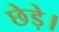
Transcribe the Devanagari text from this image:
छेड़े।